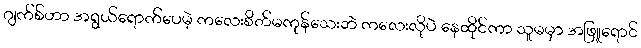
ဂျက်စ်ဟာ အရွယ်ရောက်ပေမဲ့ ကလေးစိတ်မကုန်သေးဘဲ ကလေးလိုပဲ နေထိုင်ကာ သူမမှာ အဖြူရောင်